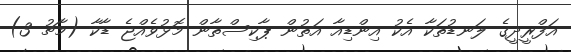
އަފްރީދީގެ ލަނޑުތަކާ އެކު އިންޑިއާ އަތުން ޕާކިސްތާން މޮޅުވެއްޖެ ޑާކާ (މާޗު 3)